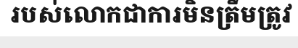
របស់លោកជាការមិនត្រឹមត្រូវ